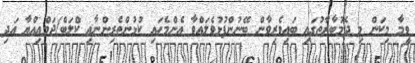
ވީމާ މިކަން މި ދެމުބާރާތުގައި ބައިވެރިވާން ބޭނުންފުޅުވެލައްވާ އެންމެހައި ކުޅުންތެރިންނާއި ކްލަބް/ޖަމްޢިއްޔާ އަދި